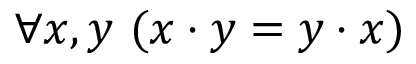
\forall x , y \ ( x \cdot y = y \cdot x )